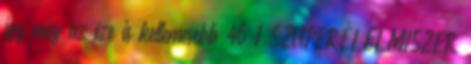
így még az íze is kellemesebb 46 1 SZUPERÉLELMISZER